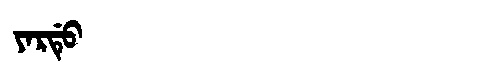
Manchu: ᠶᠠᡵᡩᡠ
Romanization: YARDU